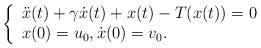
LaTeX: \begin{align*}\left\{\begin{array}{ll}\ddot x(t) + \gamma \dot x(t) + x(t)-T(x(t))=0\\x(0)=u_0, \dot x(0)=v_0.\end{array}\right.\end{align*}